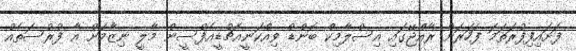
ފަށައިފިފުރަތަމަ ފަހަރަށް ރާއްޖޭގައި އިސްލާމިކް ބޮންޑް ވިއްކަނީއެޗުޑީއެފްސީން މާލީ ނިޒާމަށް އާ ފުރުސަތެއް